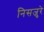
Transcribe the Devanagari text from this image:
निसजुरे